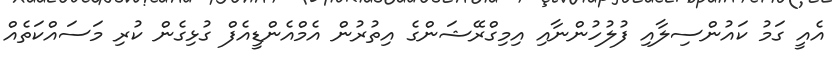
އެއީ ގަމު ކައުންސިލާއި ފުލުހުންނާއި އިމިގްރޭޝަންގެ އިތުރުން އެމްއެންޑީއެފް ގުޅިގެން ކުރި މަސައްކަތެއް